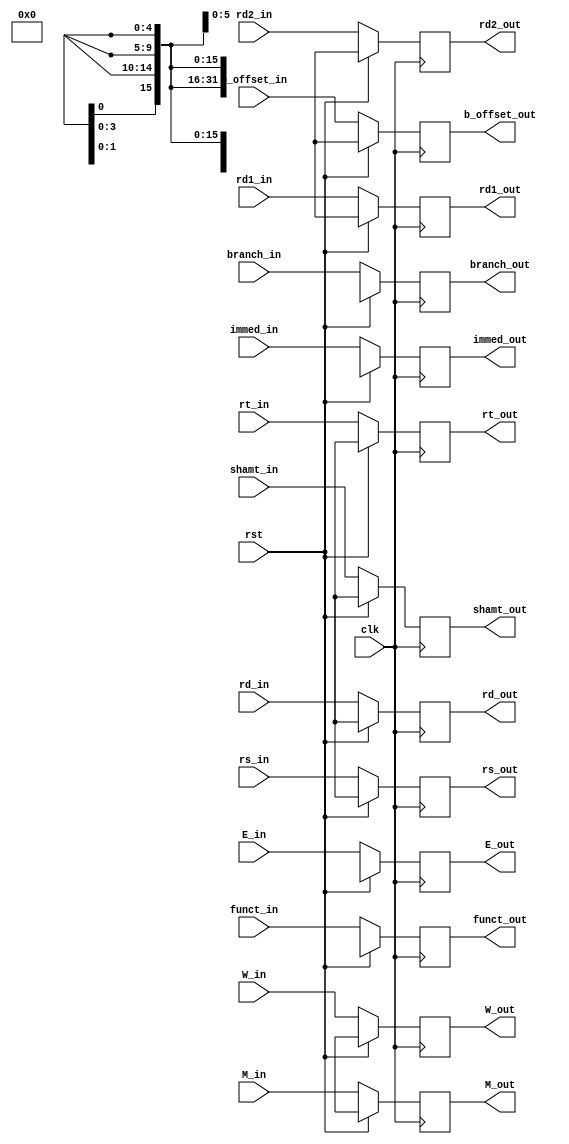
module ID_EX(clk, rst, W_in, M_in, E_in, rd1_in, rd2_in, funct_in, shamt_in, immed_in, 
                       rs_in, rt_in, rd_in, b_offset_in, branch_in ,
                       W_out, M_out, E_out, rd1_out, rd2_out, funct_out, shamt_out, immed_out, 
					   rs_out, rt_out, rd_out, b_offset_out, branch_out) ;

input clk, rst, branch_in ;
input [1:0] W_in, M_in ;
input [3:0] E_in ;
input [31:0] rd1_in, rd2_in, b_offset_in ;
input [5:0] funct_in ;
input [4:0] shamt_in ;
input [31:0] immed_in ;
input [4:0] rs_in, rt_in, rd_in ; 

output reg branch_out;
output reg [1:0] W_out, M_out ;
output reg [3:0] E_out ;
output reg [31:0] rd1_out, rd2_out, b_offset_out ;
output reg [5:0] funct_out ;
output reg [4:0] shamt_out ;
output reg [31:0] immed_out ;
output reg [4:0] rs_out, rt_out, rd_out ; 

always @(posedge clk) begin 
  if (rst) begin 
    W_out <= 2'bx ;
	M_out <= 2'bx ;
	E_out <= 4'bx ;
    rd1_out <= 32'bx ;
	rd2_out <= 32'bx ;
    funct_out <= 6'bx ;
    shamt_out <= 5'bx ;
	immed_out <= 16'bx ;
	rs_out <= 5'bx ;
	rt_out <= 5'bx ;
	rd_out <= 5'bx ;
	b_offset_out <= 32'bx;
	branch_out <= 1'bx;
  end 
  else begin 
    W_out <= W_in ;
	M_out <= M_in ;
	E_out <= E_in ;
    rd1_out <= rd1_in ;
	rd2_out <= rd2_in ;
    funct_out <= funct_in ;
    shamt_out <= shamt_in ;
	immed_out <= immed_in ;
	rs_out <= rs_in;
	rt_out <= rt_in ;
	rd_out <= rd_in ;
	b_offset_out <= b_offset_in ;
	branch_out <= branch_in;
  end 
end 

endmodule